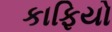
કાફિયો